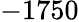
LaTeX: -1750